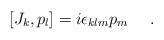
LaTeX: \begin{align*}[J_{k},p_{l}] = i\epsilon _{klm} p_{m}~~~~.\end{align*}